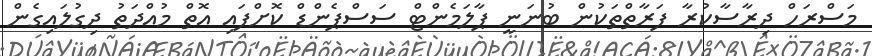
މަސްރަހް ދިރާސާކުރާ ފަރާތްތަކުން ބުނަނީ ޕާލަމެންޓް ސަސްޕެންޑް ކޮށްފައި އޮތް މުއްދަތު ދިގުލައިގެން